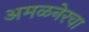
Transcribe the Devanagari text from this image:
अमळनेरचा